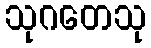
သုဂတေသု